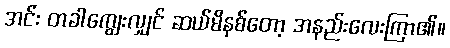
အင်း တခါကျွေးလျှင် ဆယ်မိနစ်တော့ အနည်းလေးကြာ၏။